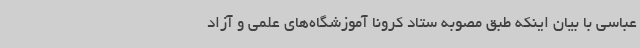
عباسی با بیان اینکه طبق مصوبه ستاد کرونا آموزشگاه‌های علمی و آزاد